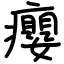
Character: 癭